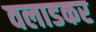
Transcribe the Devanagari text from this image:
वलाडकर